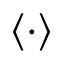
\langle \cdot \rangle